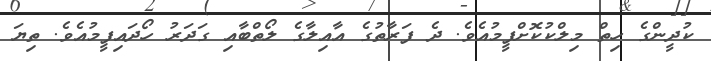
ކުދީންގެ ހިތް މިލްކުކޮށްފީމުއެވެ. ދެ ފަރާތުގެ އާއިލާގެ ލޯތްބާއި ގަދަރު ހޯދައިފީމުއެވެ. ތިޔަ